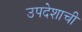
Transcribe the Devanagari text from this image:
उपदेशाची